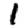
Digit: 1